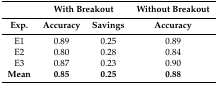
<table><thead><tr><td></td><td colspan="2"><b>With Breakout</b></td><td><b>Without Breakout</b></td></tr><tr><td><b>Exp.</b></td><td><b>Accuracy</b></td><td><b>Savings</b></td><td><b>Accuracy</b></td></tr></thead><tbody><tr><td>E1</td><td>0.89</td><td>0.25</td><td>0.89</td></tr><tr><td>E2</td><td>0.80</td><td>0.28</td><td>0.84</td></tr><tr><td>E3</td><td>0.87</td><td>0.23</td><td>0.90</td></tr><tr><td><b>Mean</b></td><td><b>0.85</b></td><td><b>0.25</b></td><td><b>0.88</b></td></tr></tbody></table>